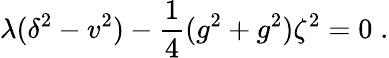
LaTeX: \lambda(\delta^{2}-v^{2})-\frac{1}{4}(g^{2}+g^{2})\zeta^{2}=0\; .